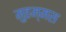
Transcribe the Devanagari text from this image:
मुहम्मस